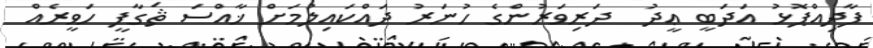
ފާދިއްޕޮޅު އަދަބީ ޢީދު  ދަރިވަރުންގެ ހުނަރު ދައްކައިލުމަށް ޚާއްސަ ޘަގާފީ ހަވީރެއް